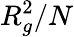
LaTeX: R_{g}^{2}/N